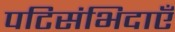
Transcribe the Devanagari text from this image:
पटिसंभिदाएँ